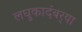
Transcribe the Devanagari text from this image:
लघुकादंबर्‍या